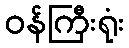
ဝန်ကြီးရုံး